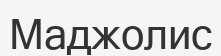
Маджолис